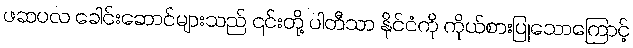
ဖဆပလ ခေါင်းဆောင်များသည် ၎င်းတို့ ပါတီသာ နိုင်ငံကို ကိုယ်စားပြုသောကြောင့်